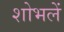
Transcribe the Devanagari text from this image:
शोभलें